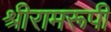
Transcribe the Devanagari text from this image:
श्रीरामरूपी